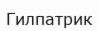
Гилпатрик